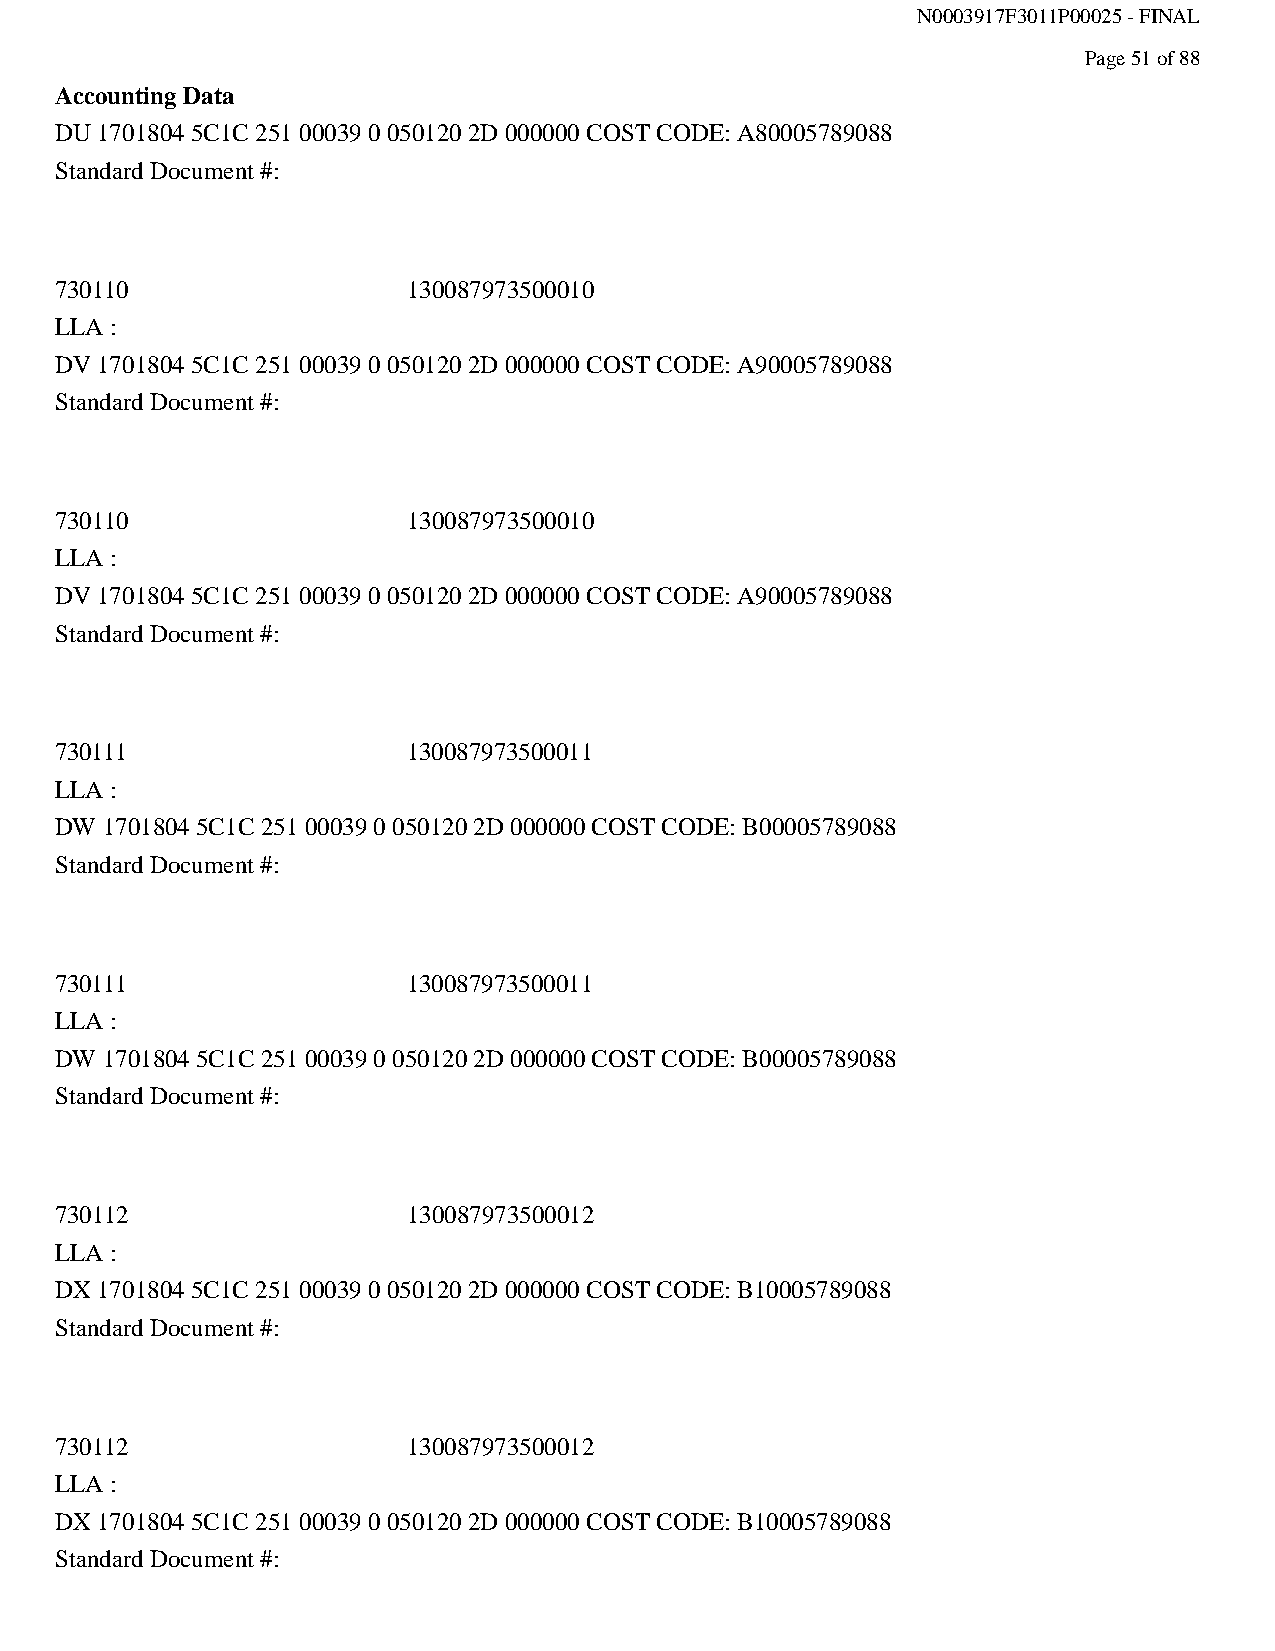
N0003917F3011P00025 - FINAL
 Page 51 of 88
 Accounting Data
 DU 1701804 5C1C 251 00039 0 050120 2D 000000 COST CODE: A80005789088
 Standard Document #:
 730110                 130087973500010
 LLA :
 DV 1701804 5C1C 251 00039 0 050120 2D 000000 COST CODE: A90005789088
 Standard Document #:
 730110                 130087973500010
 LLA :
 DV 1701804 5C1C 251 00039 0 050120 2D 000000 COST CODE: A90005789088
 Standard Document #:
 730111                 130087973500011
 LLA :
 DW 1701804 5C1C 251 00039 0 050120 2D 000000 COST CODE: B00005789088
 Standard Document #:
 730111                 130087973500011
 LLA :
 DW 1701804 5C1C 251 00039 0 050120 2D 000000 COST CODE: B00005789088
 Standard Document #:
 730112                 130087973500012
 LLA :
 DX 1701804 5C1C 251 00039 0 050120 2D 000000 COST CODE: B10005789088
 Standard Document #:
 730112                 130087973500012
 LLA :
 DX 1701804 5C1C 251 00039 0 050120 2D 000000 COST CODE: B10005789088
 Standard Document #: